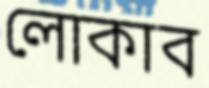
লোকাব